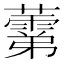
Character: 𧀾